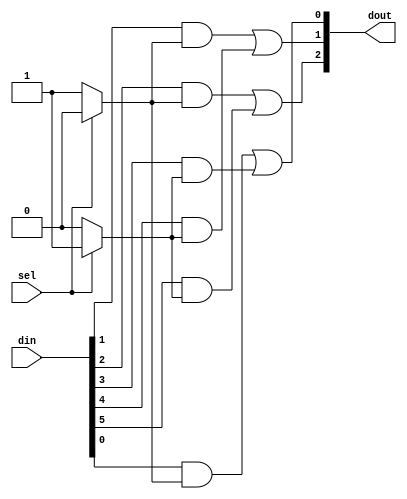
/* ---------------------------------------------------------------------
**
**                  (C) COPYRIGHT 2006-2011 SYNOPSYS, INC.
**                            ALL RIGHTS RESERVED
**
**  This software and the associated documentation are confidential and
**  proprietary to Synopsys, Inc.  Your use or disclosure of this
**  software is subject to the terms and conditions of a written
**  license agreement between you, or your company, and Synopsys, Inc.
**
**  The entire notice above must be reproduced on all authorized copies.
**
** ---------------------------------------------------------------------
**
** Abstract : Parameterized one-hot mux 
**
** ---------------------------------------------------------------------
*/


module tb_busmux ( sel, din, dout );

   parameter BUS_COUNT = 2;   // Number of input buses.
   parameter MUX_WIDTH = 3;   // Bit width of data buses.
   parameter SEL_WIDTH = 1;   // Width of select line.

   input [SEL_WIDTH-1:0]           sel;  // Select signal.

   input [MUX_WIDTH*BUS_COUNT-1:0] din;  // Concatenated input buses.
   wire  [MUX_WIDTH*BUS_COUNT-1:0] din;  

   output [MUX_WIDTH-1:0] dout; // Output data bus.
   reg    [MUX_WIDTH-1:0] dout;             


   reg [BUS_COUNT-1:0] sel_oh; // One-hot select signals.


   // Create one hot version of sel input.
   // Used as select line for the mux.
   always @(sel) 
   begin : sel_oh_PROC
     integer busnum;

     sel_oh = {BUS_COUNT{1'b0}};

     for(busnum=0 ; busnum<=(BUS_COUNT-1) ; busnum=busnum+1) begin
       if(sel == busnum) sel_oh[busnum] = 1'b1;
     end

   end


   // One of the subtleties that might not be obvious that makes 
   // this work so well is the use of the blocking assignment (=) 
   // that allows dout to be built up incrementally. 
   // The one-hot select builds up into the wide "or" function 
   // you'd code by hand.
   always @ (sel_oh or din) begin : mux_logic
      integer i, j;
      dout = {MUX_WIDTH{1'b0}};
      for (i = 0; i <= (BUS_COUNT-1); i = i + 1) begin
        for (j = 0; j <= (MUX_WIDTH-1); j = j + 1) begin
          dout[j] = dout[j] | din[MUX_WIDTH*i +j]&sel_oh[i];
        end
      end
   end // always


  `ifdef PARAM_VARS_PROC
  // -------------------------------------------------------
  // Initial block added to declare and connect variables
  // to hold all parameters in this module for easy viewing
  // during debug in a wave viewer.
  // -------------------------------------------------------
  // synopsys translate_off 
  // VCS coverage off 
  initial begin : param_vars_PROC

    integer  BUS_COUNT_param; 
    integer  MUX_WIDTH_param; 
    integer  SEL_WIDTH_param; 


    BUS_COUNT_param = BUS_COUNT; 
    MUX_WIDTH_param = MUX_WIDTH; 
    SEL_WIDTH_param = SEL_WIDTH; 

  end // param_vars_PROC 

  // VCS coverage on 
  // synopsys translate_on 

  `endif // PARAM_VARS_PROC 
endmodule // tb_busmux